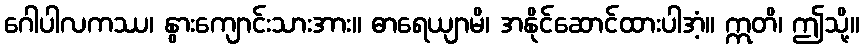
ဂေါပါလကဿ၊ နွားကျောင်းသားအား။ ဓာရေယျာမိ၊ အနိုင်ဆောင်ထားပါအံ့။ ဣတိ၊ ဤသို့။